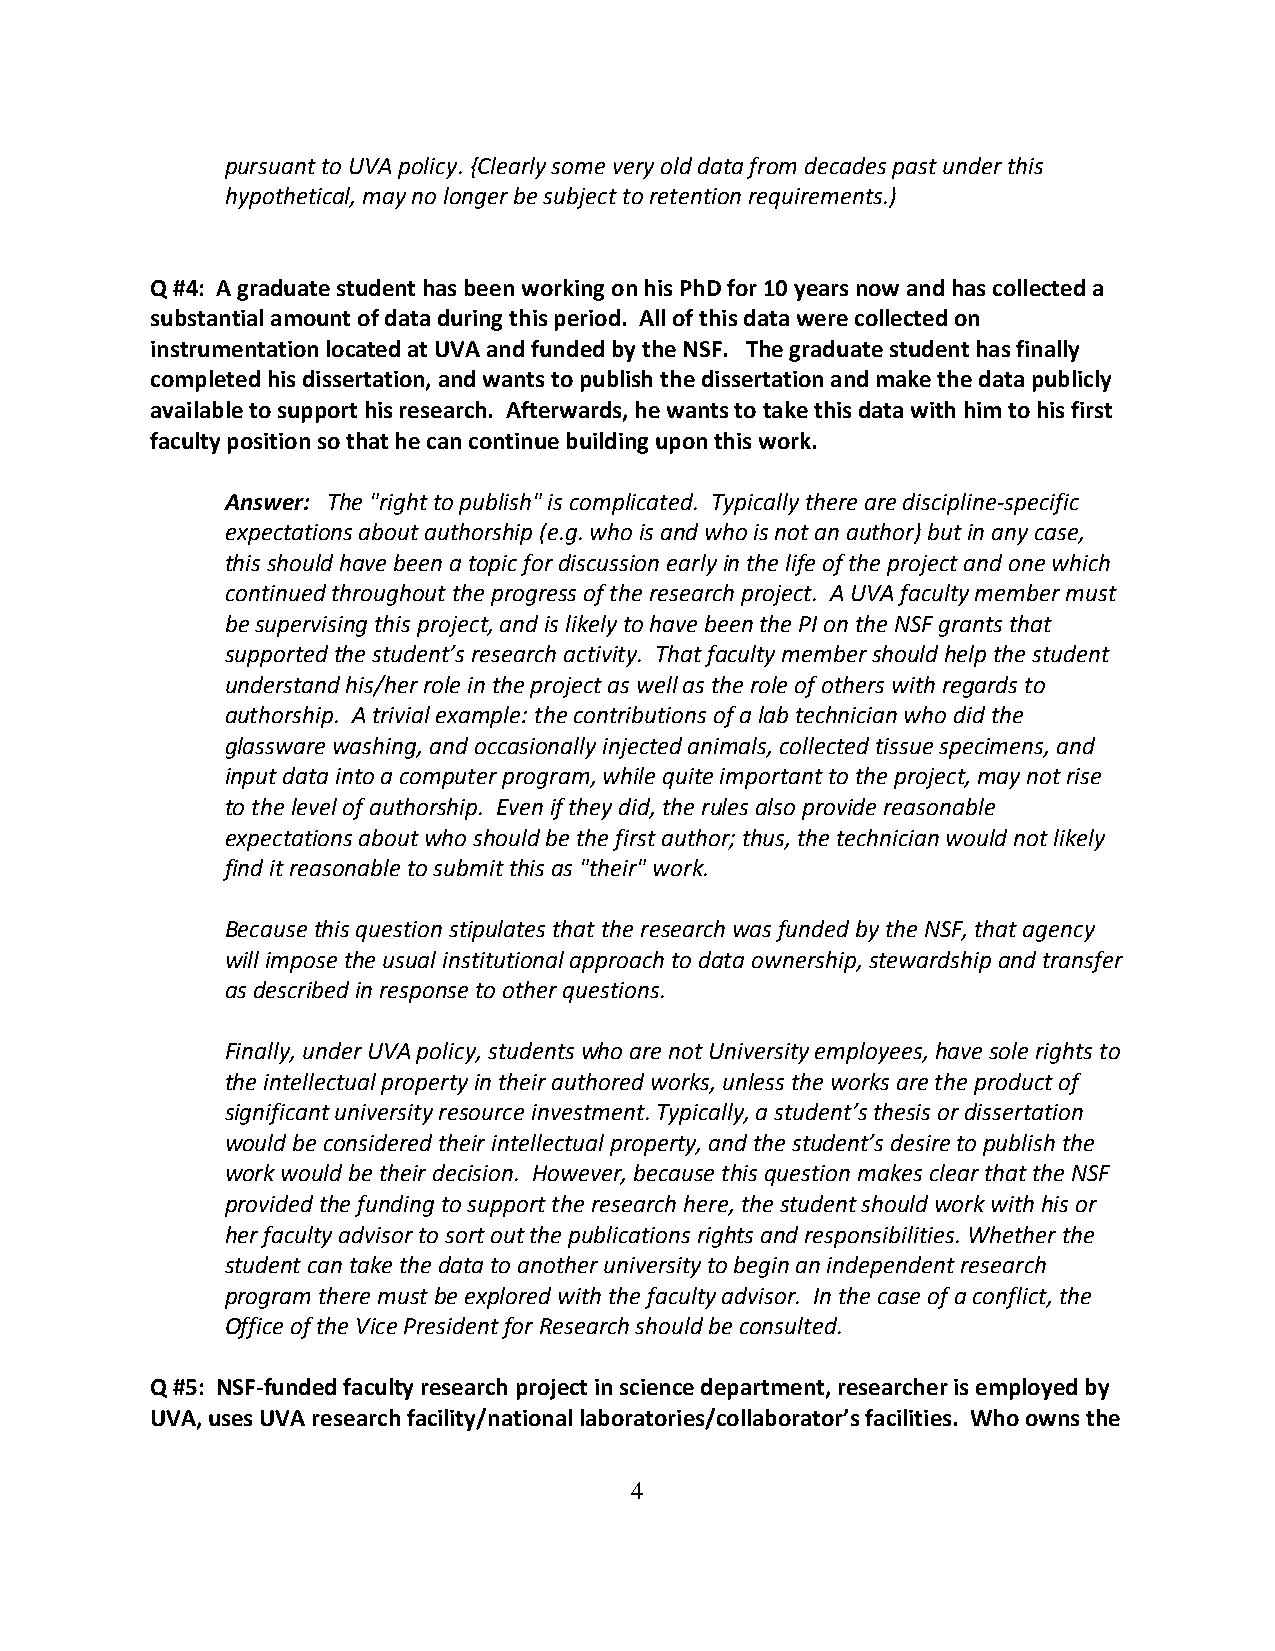
pursuant to UVA policy. {Clearly some very old data from decades past under this
 hypothetical, may no longer be subject to retention requirements.)
 Q #4: A graduate student has been working on his PhD for 10 years now and has collected a
 substantial amount of data during this period. All of this data were collected on
 instrumentation located at UVA and funded by the NSF. The graduate student has finally
 completed his dissertation, and wants to publish the dissertation and make the data publicly
 available to support his research. Afterwards, he wants to take this data with him to his first
 faculty position so that he can continue building upon this work.
 Answer: The "right to publish" is complicated. Typically there are discipline-specific
 expectations about authorship (e.g. who is and who is not an author) but in any case,
 this should have been a topic for discussion early in the life of the project and one which
 continued throughout the progress of the research project. A UVA faculty member must
 be supervising this project, and is likely to have been the PI on the NSF grants that
 supported the student’s research activity. That faculty member should help the student
 understand his/her role in the project as well as the role of others with regards to
 authorship. A trivial example: the contributions of a lab technician who did the
 glassware washing, and occasionally injected animals, collected tissue specimens, and
 input data into a computer program, while quite important to the project, may not rise
 to the level of authorship. Even if they did, the rules also provide reasonable
 expectations about who should be the first author; thus, the technician would not likely
 find it reasonable to submit this as "their" work.
 Because this question stipulates that the research was funded by the NSF, that agency
 will impose the usual institutional approach to data ownership, stewardship and transfer
 as described in response to other questions.
 Finally, under UVA policy, students who are not University employees, have sole rights to
 the intellectual property in their authored works, unless the works are the product of
 significant university resource investment. Typically, a student’s thesis or dissertation
 would be considered their intellectual property, and the student’s desire to publish the
 work would be their decision. However, because this question makes clear that the NSF
 provided the funding to support the research here, the student should work with his or
 her faculty advisor to sort out the publications rights and responsibilities. Whether the
 student can take the data to another university to begin an independent research
 program there must be explored with the faculty advisor. In the case of a conflict, the
 Office of the Vice President for Research should be consulted.
 Q #5: NSF-funded faculty research project in science department, researcher is employed by
 UVA, uses UVA research facility/national laboratories/collaborator’s facilities. Who owns the
 4